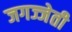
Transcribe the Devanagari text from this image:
जगज्जेती